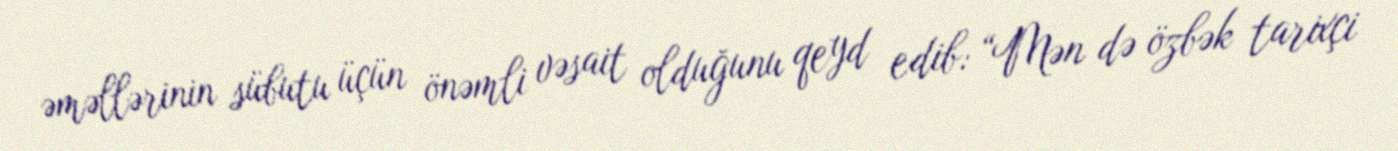
əməllərinin sübutu üçün önəmli vəsait olduğunu qeyd edib: “Mən də özbək tarixçi